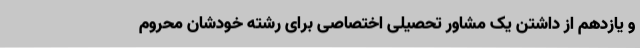
و یازدهم از داشتن یک مشاور تحصیلی اختصاصی برای رشته خودشان محروم